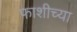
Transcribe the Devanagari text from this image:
फाशीच्या